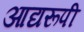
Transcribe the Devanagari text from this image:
आद्यरूपी